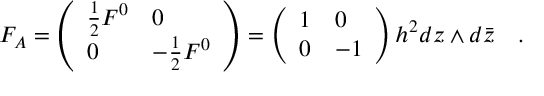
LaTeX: F _ { A } = \left( \begin{array} { l l } { { { \frac { 1 } { 2 } } F ^ { 0 } } } & { { 0 } } \\ { { 0 } } & { { - { \frac { 1 } { 2 } } F ^ { 0 } } } \end{array} \right) = \left( \begin{array} { l l } { { 1 } } & { { 0 } } \\ { { 0 } } & { { - 1 } } \end{array} \right) h ^ { 2 } d z \wedge d { \bar { z } } \quad .